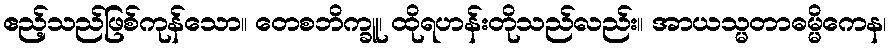
ဧည့်သည်ဖြစ်ကုန်သော။ တေစဘိက္ခူ၊ ထိုရဟန်းတိုသည်လည်း။ အာယသ္မတာဓမ္မိကေန၊